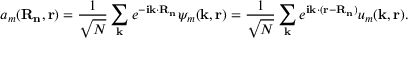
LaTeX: a _ { m } \mathbf { ( R _ { n } , r ) } = { \frac { 1 } { \sqrt { N } } } \sum _ { \mathbf { k } } { e ^ { \mathbf { - i k \cdot R _ { n } } } \psi _ { m } \mathbf { ( k , r ) } } = { \frac { 1 } { \sqrt { N } } } \sum _ { \mathbf { k } } { e ^ { \mathbf { i k \cdot ( r - R _ { n } ) } } u _ { m } \mathbf { ( k , r ) } } .